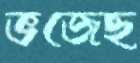
ভজেছ